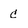
Character: C